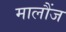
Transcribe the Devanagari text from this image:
मालौंज